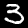
Label: 3